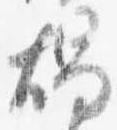
燭